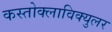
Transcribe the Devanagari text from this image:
कस्तोक्लाविक्युलर